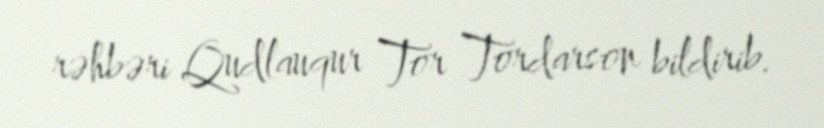
rəhbəri Qudlauqur Tor Tordarson bildirib.